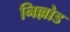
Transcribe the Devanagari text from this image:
निल्लोड